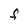
Character: F